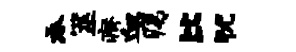
吞筮瘠血痍比犹